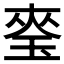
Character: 𭹎